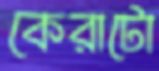
কেরাটো